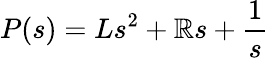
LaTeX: P(s)=Ls^{2}+\mathbb{R}s+{\frac{{1}}{{s}}}